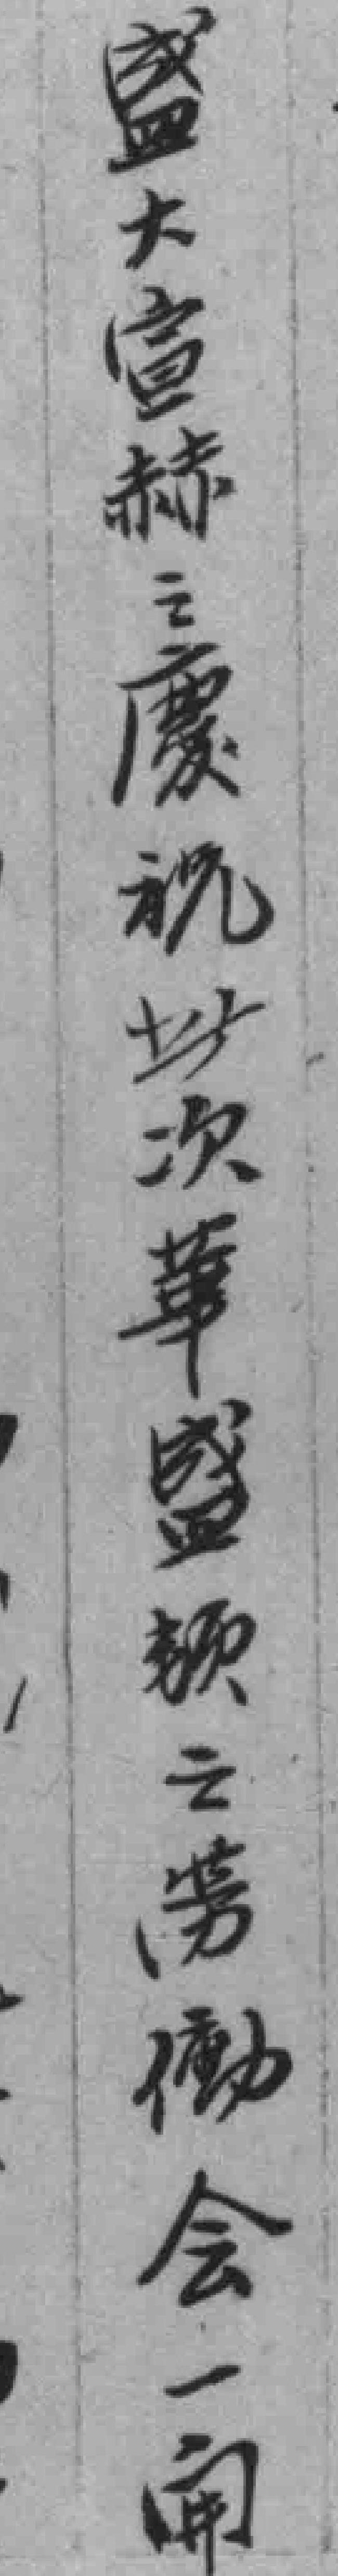
盛大宣赫之慶祝此次華盛頓之勞動会一開